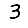
Digit: 3